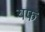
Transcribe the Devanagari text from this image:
यफ